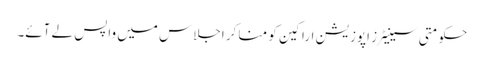
حکومتی سینیٹرز اپوزیشن اراکین کو منا کر اجلاس میں واپس لے آئے۔